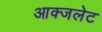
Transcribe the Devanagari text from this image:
आक्जलेट